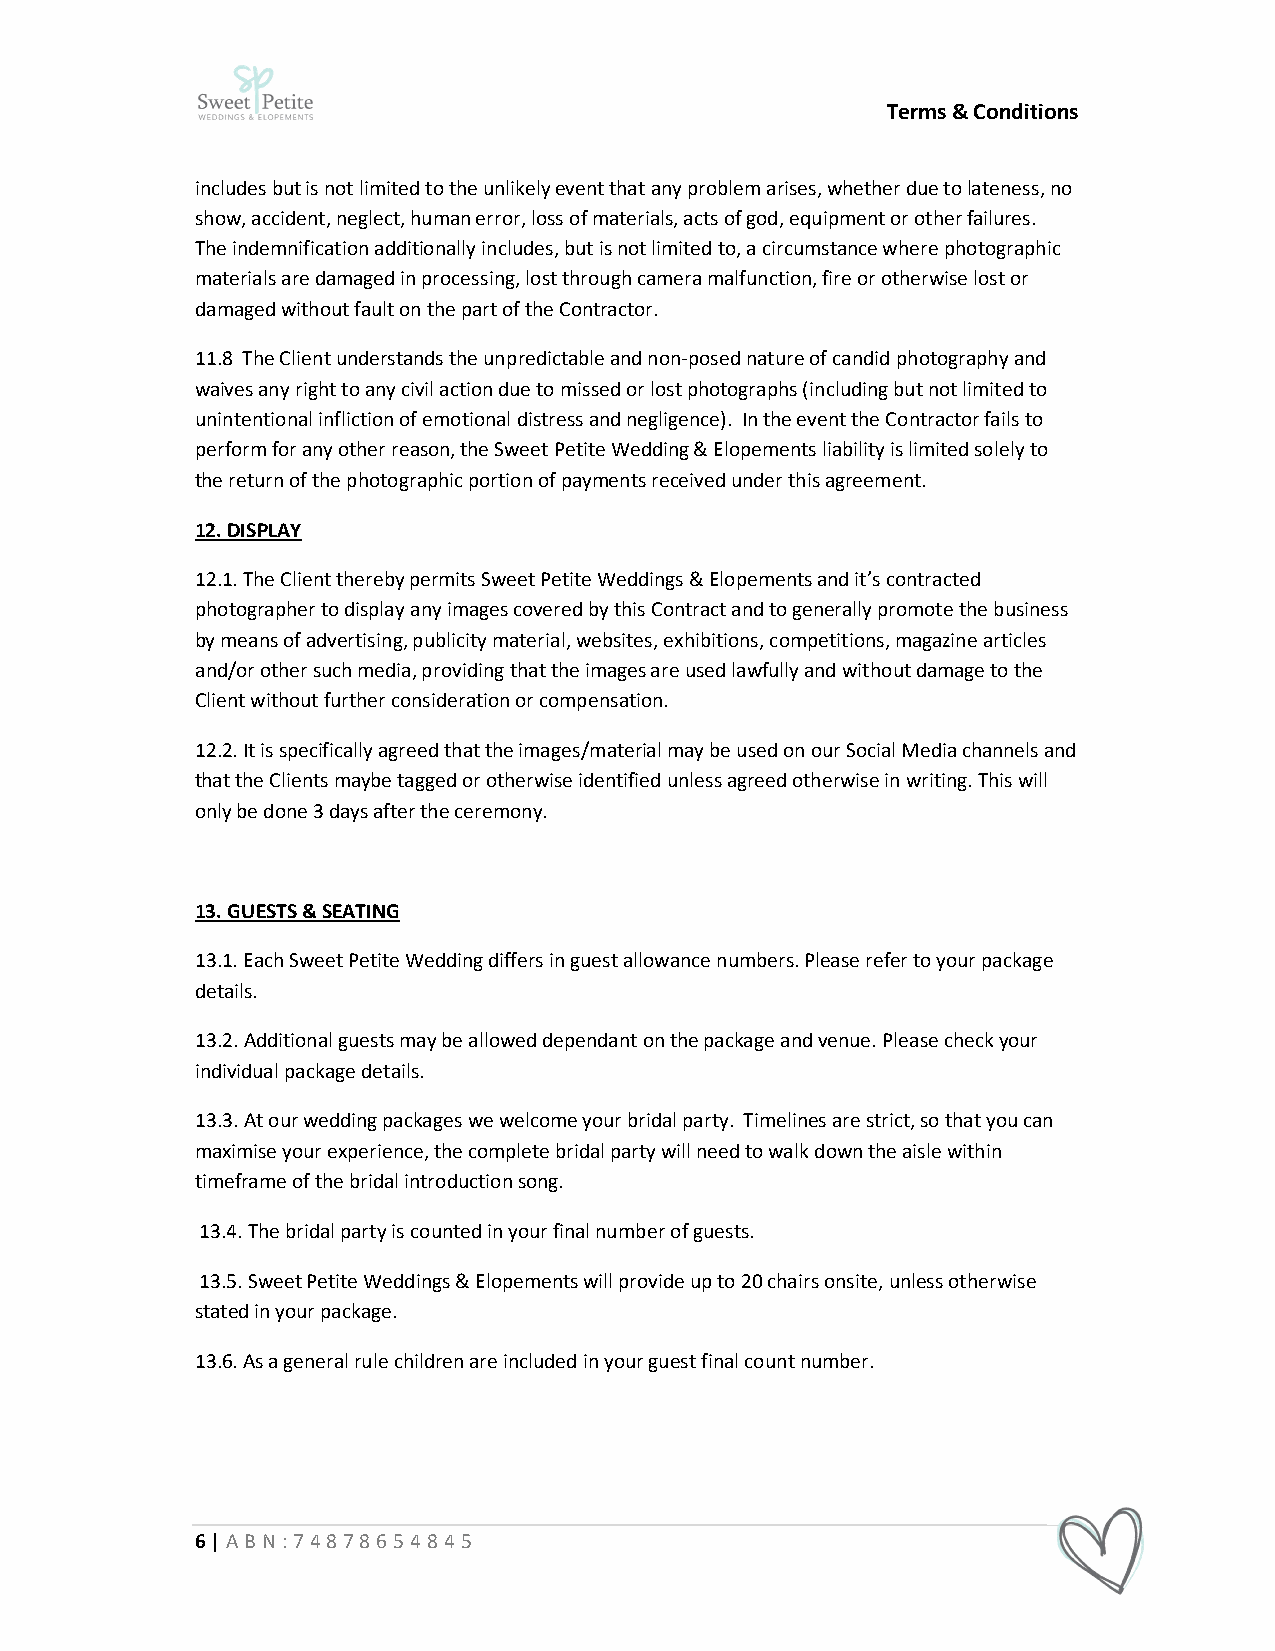
Terms & Conditions
 includes but is not limited to the unlikely event that any problem arises, whether due to lateness, no
 show, accident, neglect, human error, loss of materials, acts of god, equipment or other failures.
 The indemnification additionally includes, but is not limited to, a circumstance where photographic
 materials are damaged in processing, lost through camera malfunction, fire or otherwise lost or
 damaged without fault on the part of the Contractor.
 11.8 The Client understands the unpredictable and non-posed nature of candid photography and
 waives any right to any civil action due to missed or lost photographs (including but not limited to
 unintentional infliction of emotional distress and negligence). In the event the Contractor fails to
 perform for any other reason, the Sweet Petite Wedding & Elopements liability is limited solely to
 the return of the photographic portion of payments received under this agreement.
 12. DISPLAY
 12.1. The Client thereby permits Sweet Petite Weddings & Elopements and it’s contracted
 photographer to display any images covered by this Contract and to generally promote the business
 by means of advertising, publicity material, websites, exhibitions, competitions, magazine articles
 and/or other such media, providing that the images are used lawfully and without damage to the
 Client without further consideration or compensation.
 12.2. It is specifically agreed that the images/material may be used on our Social Media channels and
 that the Clients maybe tagged or otherwise identified unless agreed otherwise in writing. This will
 only be done 3 days after the ceremony.
 13. GUESTS & SEATING
 13.1. Each Sweet Petite Wedding differs in guest allowance numbers. Please refer to your package
 details.
 13.2. Additional guests may be allowed dependant on the package and venue. Please check your
 individual package details.
 13.3. At our wedding packages we welcome your bridal party. Timelines are strict, so that you can
 maximise your experience, the complete bridal party will need to walk down the aisle within
 timeframe of the bridal introduction song.
 13.4. The bridal party is counted in your final number of guests.
 13.5. Sweet Petite Weddings & Elopements will provide up to 20 chairs onsite, unless otherwise
 stated in your package.
 13.6. As a general rule children are included in your guest final count number.
 6 | ABN:74878654845